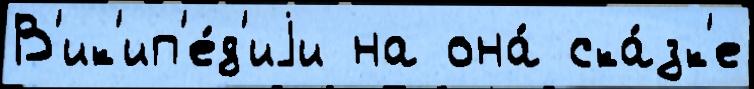
В'ик'ип'е́д'иjи на она́ ска́зк'е